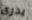
يدرى